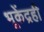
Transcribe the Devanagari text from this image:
भूकेंद्रही